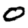
Digit: 0